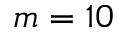
m = 1 0